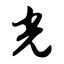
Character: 光